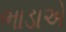
ભાડાએ